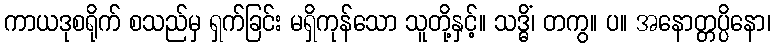
ကာယဒုစရိုက် စသည်မှ ရှက်ခြင်း မရှိကုန်သော သူတို့နှင့်။ သဒ္ဓိံ၊ တကွ။ ပ။ အနောတ္တပ္ပိနော၊